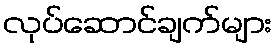
လုပ်ဆောင်ချက်များ